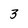
Character: 3